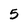
Character: 5